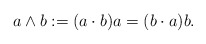
\begin{align*}a\wedge b:=(a\cdot b)a=(b\cdot a)b. \end{align*}